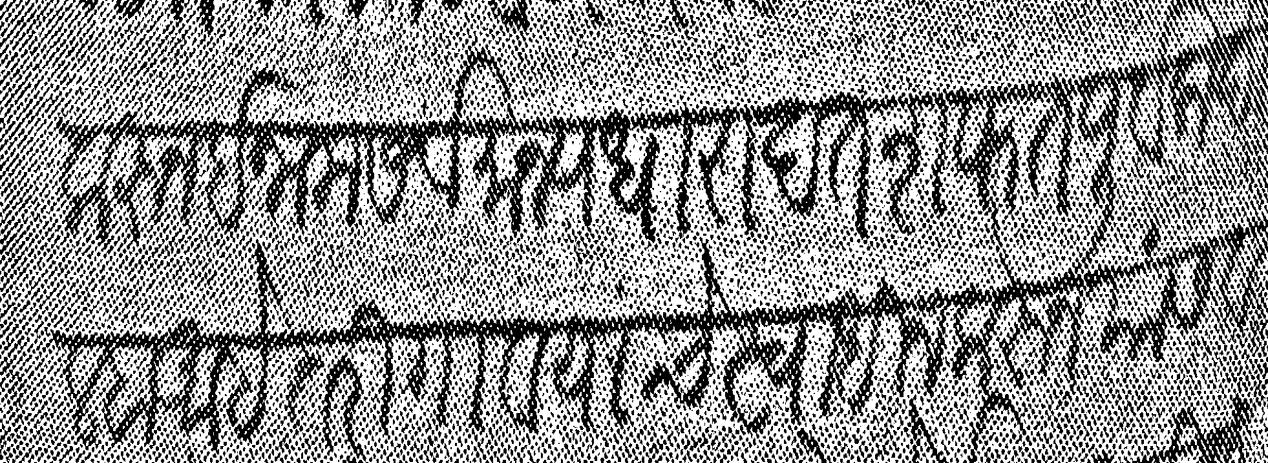
Transliteration (Devanagari): करून इनाम सर्वमान्य धाराहत शफत पूर्वक दिल्हा अहे तरी गाव यांचे स्वाधीन करून यांस व